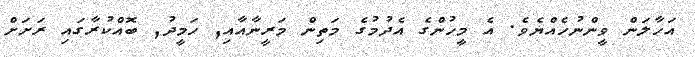
އަހާލަން ވީންނުހެއްޔެެވެ. އެ މީހުންގެ އެދުމުގެ މަތިން މަރީނާއާއި